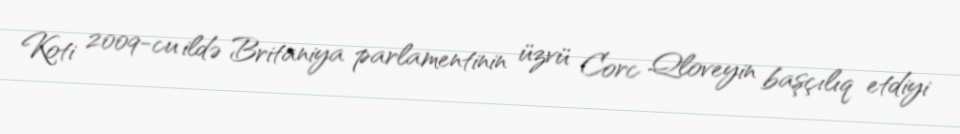
Koti 2009-cu ildə Britaniya parlamentinin üzvü Corc Qloveyin başçılıq etdiyi